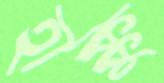
হাক্কু